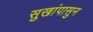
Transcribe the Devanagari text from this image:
सुखांपासुन